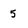
Character: 5